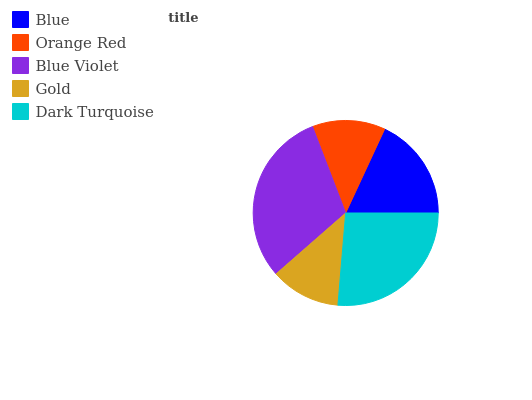
| Blue | Orange Red | Blue Violet | Gold | Dark Turquoise |
 | --- | --- | --- | --- | --- |
 | 18.2% | 12.8% | 30.6% | 12.2% | 26.3% |